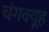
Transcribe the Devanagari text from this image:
चंगक्यूह